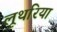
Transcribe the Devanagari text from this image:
लूथरिया